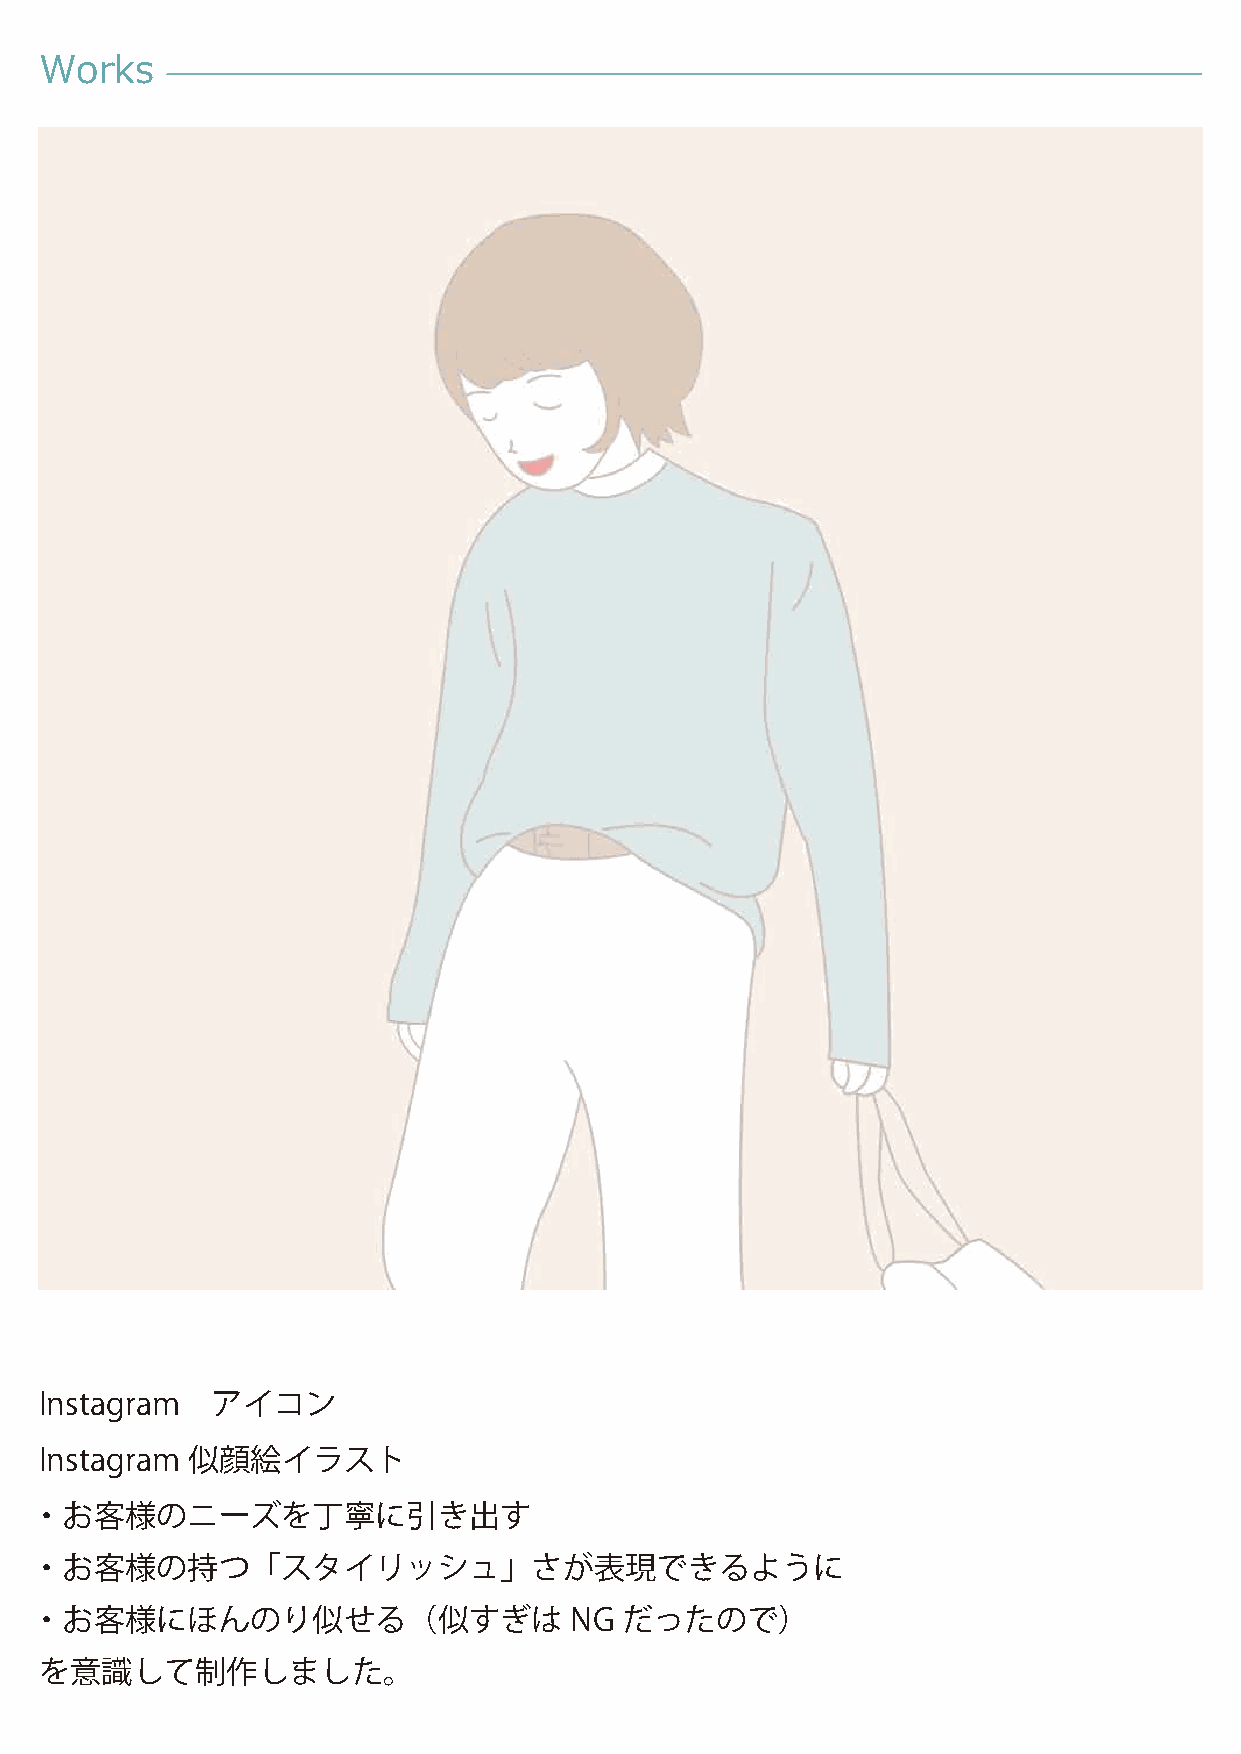
Works
 Instagram  アイコン
 Instagram 似顔絵イラスト
 ・お客様のニーズを丁寧に引き出す
 ・お客様の持つ「スタイリッシュ」さが表現できるように
 ・お客様にほんのり似せる（似すぎは                   NG だったので）
 を意識して制作しました。